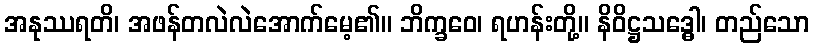
အနုဿရတိ၊ အဖန်တလဲလဲအောက်မေ့၏။ ဘိက္ခဝေ၊ ရဟန်းတို့။ နိဝိဋ္ဌသဒ္ဓေါ၊ တည်သော